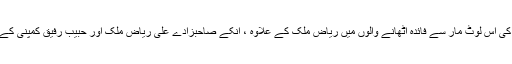
وہ کہتے ہیں کہ ڈیفنس پراپرٹی کی اِس لوٹ مار سے فائدہ اُٹھانے والوں میں ریاض ملک کے علاوہ ، اُنکے صاحبزادے علی ریاض ملک اور حبیب رفیق کمپنی کے زاہد رفیق براہ راست شامل ہیں۔